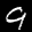
Label: 9